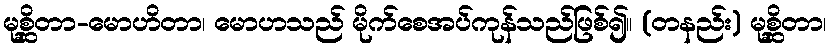
မုစ္ဆိတာ-မောဟိတာ၊ မောဟသည် မိုက်စေအပ်ကုန်သည်ဖြစ်၍။ (တနည်း) မုစ္ဆိတာ၊